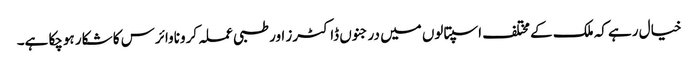
خیال رہے کہ ملک کے مختلف اسپتالوں میں درجنوں ڈاکٹرز اور طبی عملہ کروناوائرس کا شکار ہوچکا ہے۔